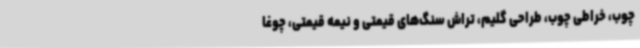
چوب، خراطی چوب، طراحی گلیم، تراش سنگ‌های قیمتی و نیمه قیمتی، چوغا